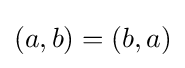
(a,b)=(b,a)